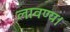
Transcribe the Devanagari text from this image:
लावण्य।